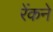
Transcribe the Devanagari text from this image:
रेंकने